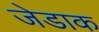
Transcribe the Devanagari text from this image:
जेडाक